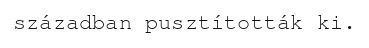
században pusztították ki.